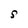
Character: S